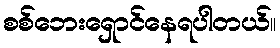
စစ်ဘေးရှောင်နေရပါတယ်။